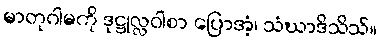
မာတုဂါမကို ဒုဋ္ဌုလ္လဝါစာ ပြောအံ့၊ သံဃာဒိသိသ်။